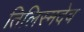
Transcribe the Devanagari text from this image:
तिलिस्मदेव